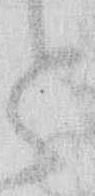
と